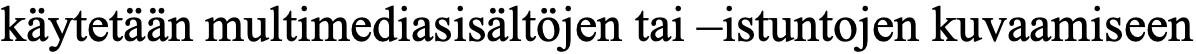
käytetään multimediasisältöjen tai –istuntojen kuvaamiseen